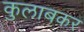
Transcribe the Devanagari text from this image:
कुलाबकर